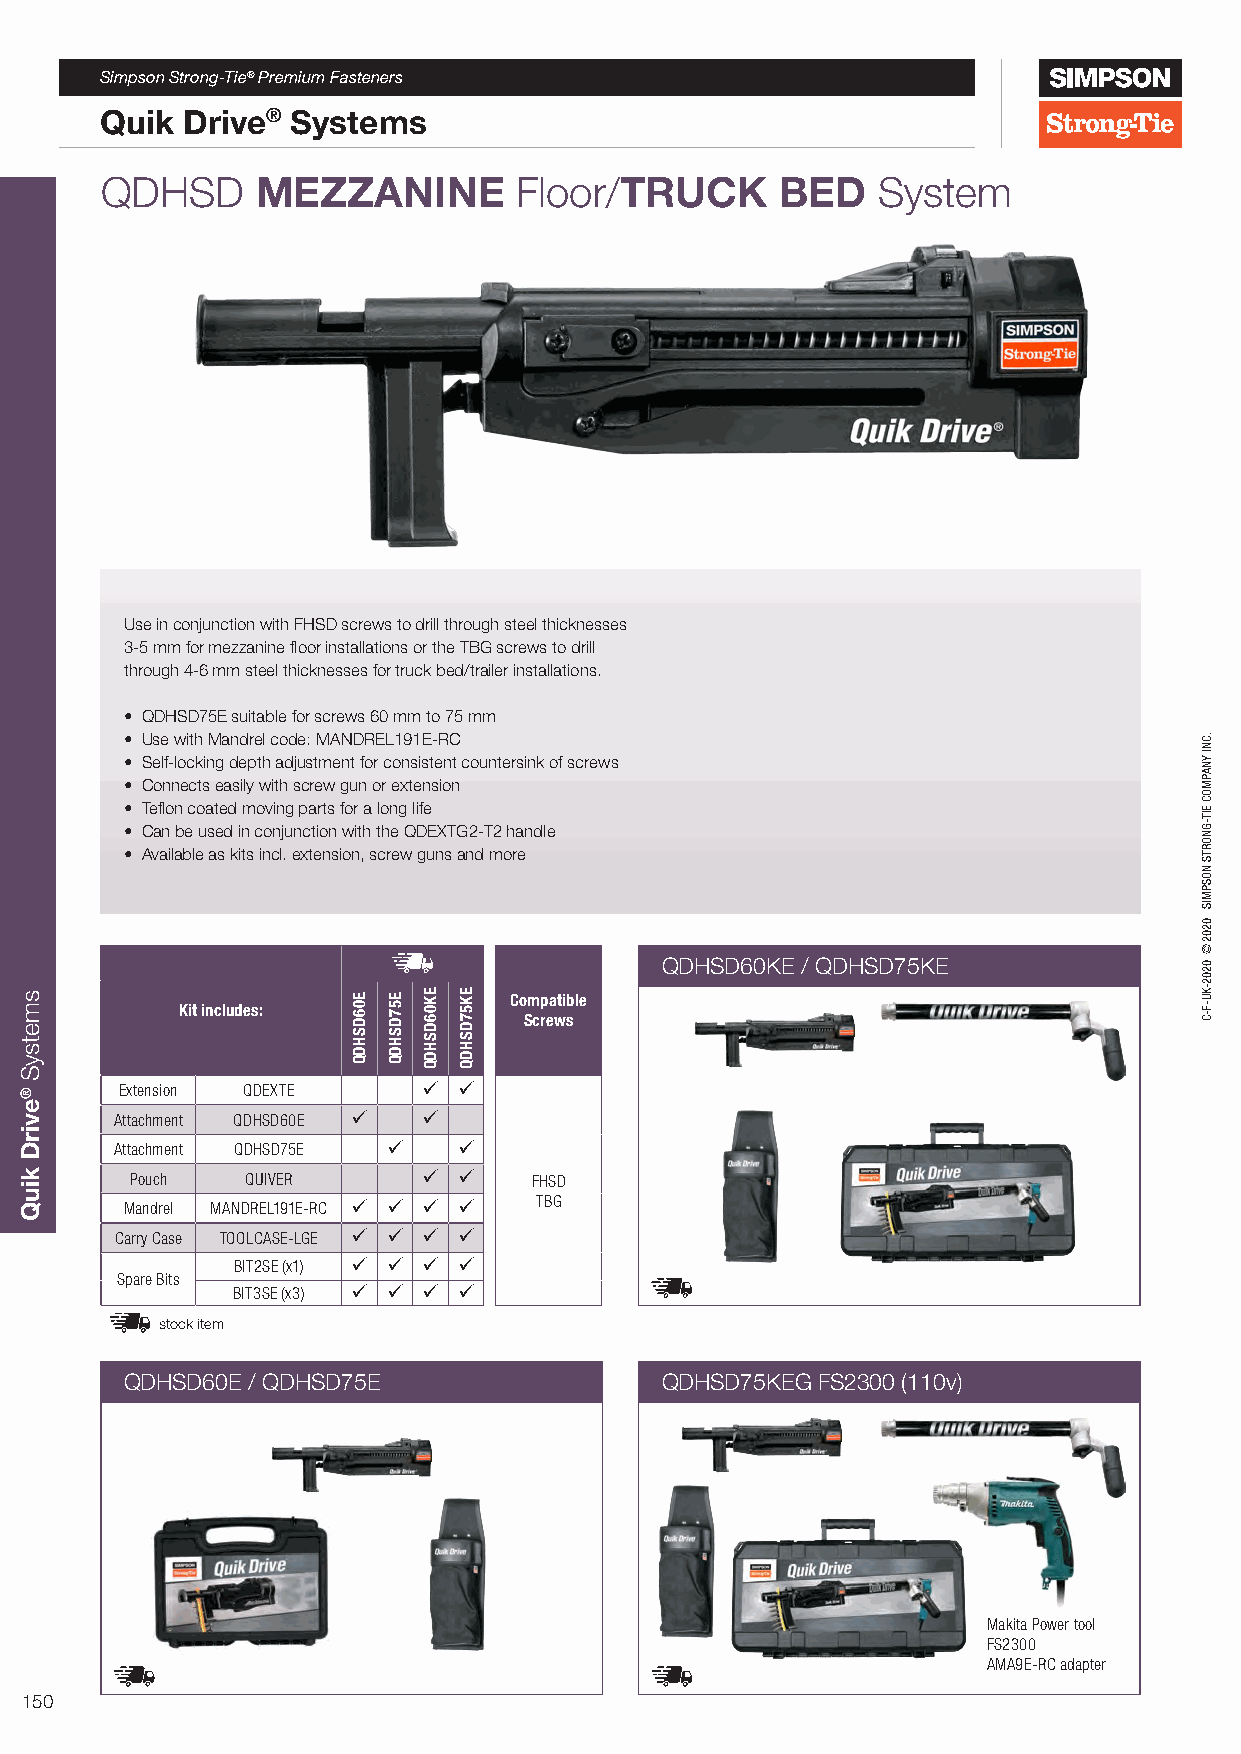
Simpson Strong-Tie® Premium Fasteners
 Quik Drive® Systems
 QDHSD     MEZZANINE        Floor/TRUCK       BED   System
 Use in conjunction with FHSD screws to drill through steel thicknesses
 3-5 mm for mezzanine floor installations or the TBG screws to drill
 through 4-6 mm steel thicknesses for truck bed/trailer installations.
 • QDHSD75E suitable for screws 60 mm to 75 mm
 • Use with Mandrel code: MANDREL191E-RC
 • Self-locking depth adjustment for consistent countersink of screws
 • Connects easily with screw gun or extension
 • Teflon coated moving parts for a long life
 • Can be used in conjunction with the QDEXTG2-T2 handle
 • Available as kits incl. extension, screw guns and more
 QDHSD60KE / QDHSD75KE
 Compatible
 Kit includes:
 Screws
 Extension QDEXTE     
 Attachment QDHSD60E  
 Attachment QDHSD75E  
 Pouch  QUIVER           FHSD
 Mandrel MANDREL191E-RC     TBG
 Carry Case TOOLCASE-LGE    
 BIT2SE (x1)    
 Spare Bits
 BIT3SE (x3)    
 stock item
 QDHSD60E / QDHSD75E                 QDHSD75KEG FS2300 (110v)
 Makita Power tool
 FS2300
 AMA9E-RC adapter
 150
 smetsyS
 ®evirD
 kiuQ
 E06DSHDQ E57DSHDQ EK06DSHDQ EK57DSHDQ
 .CNI
 YNAPMOC
 EIT-GNORTS
 NOSPMIS
 0202©
 0202-KU-F-C